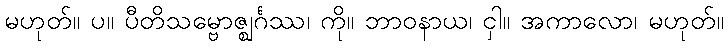
မဟုတ်။ ပ။ ပီတိသမ္ဗောဇ္ဈင်္ဂဿ၊ ကို။ ဘာဝနာယ၊ ငှါ။ အကာလော၊ မဟုတ်။